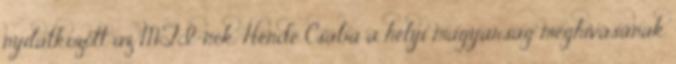
nyilatkozott az MTI-nek. Hende Csaba a helyi magyarság meghívásának